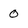
Character: 0